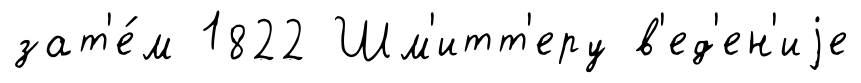
зат'е́м 1822 Шм'итт'еру в'ед'ен'иjе